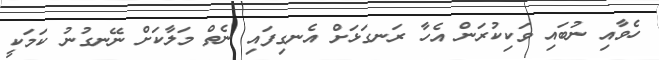
ހެވާއި ނުބައި ވަކިކުރަން އެހާ ރަނގަޅަށް އެނގިފައި ނެތް މަލާކަށް ނޭނގުނު ކަމަކީ